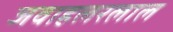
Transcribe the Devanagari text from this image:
जवाहलरलाल